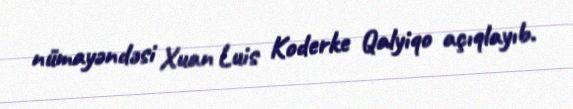
nümayəndəsi Xuan Luis Koderke Qalyiqo açıqlayıb.